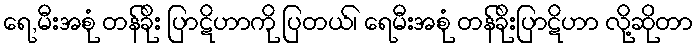
ရေ,မီးအစုံ တန်ခိုး ပြာဋိဟာကို ပြတယ်၊ ရေမီးအစုံ တန်ခိုးပြာဋိဟာ လို့ဆိုတာ